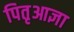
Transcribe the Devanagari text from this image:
पितृआज्ञा